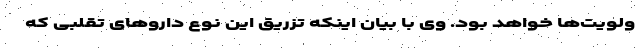
ولویت‌ها خواهد بود. وی با بیان اینکه تزریق این نوع داروهای تقلبی که